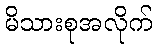
မိသားစုအလိုက်